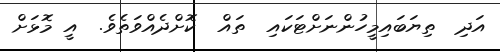
އަދި  ތިޔަބައިމީހުންނަށްޓަކައި  ތައް  ކޮށްދެއްވަތެވެ.  އީ މޮޅަށް